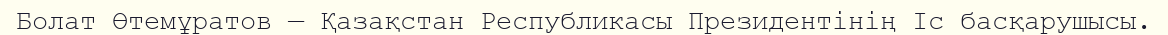
Болат Өтемұратов — Қазақстан Республикасы Президентінің Іс басқарушысы.